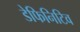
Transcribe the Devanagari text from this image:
डेफिनिटिव